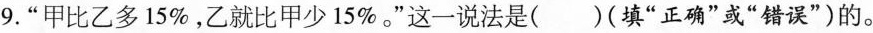
9.”甲比乙多15%，乙就比甲少15%。”这一说法是( )(填”正确”或”错误”)的。